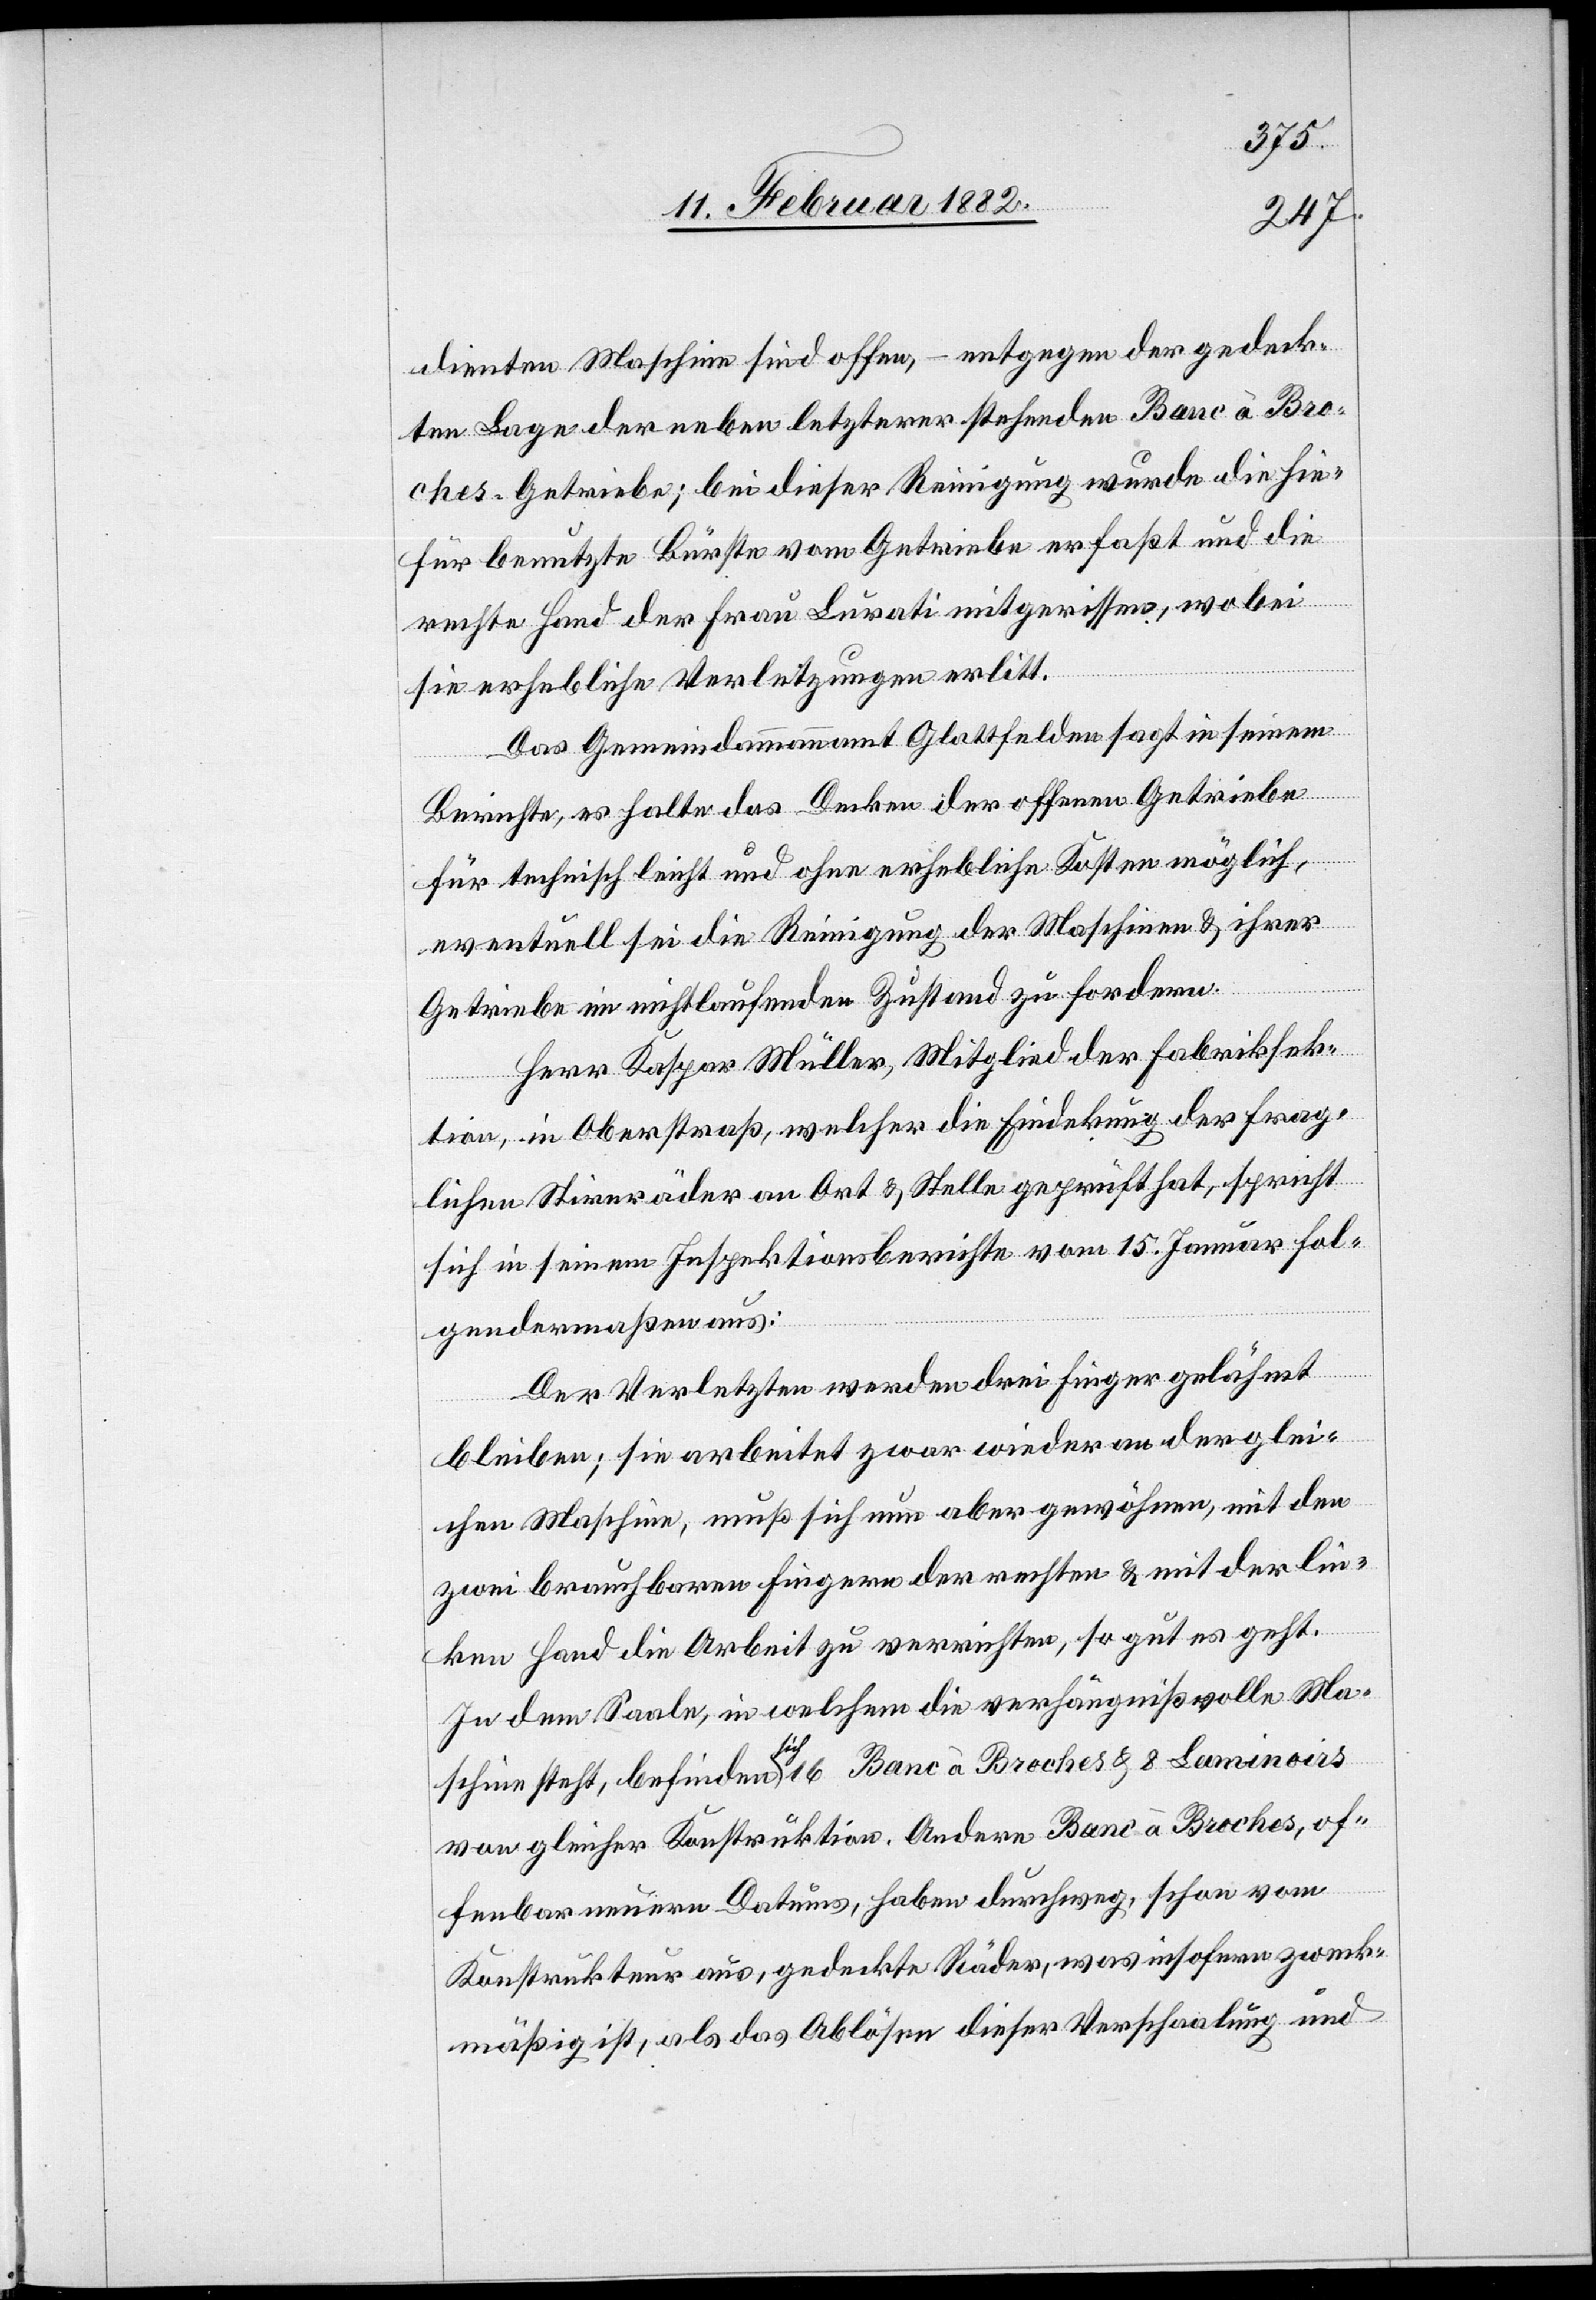
dienten Maschine sind offen, – entgegen der gedeck¬
ten Lage der neben letzterer stehenden Banc à Bro¬
ches-Getriebe; bei dieser Reinigung wurde die hie¬
für benutze Bürste vom Getriebe erfaßt und die
rechte Hand der Frau Lurati mitgerissen, wobei
sie erhebliche Verletzungen erlitt.
Das Gemeindammannamt Glattfelden sagt in seinem
Berichte, es halte das Decken der offenen Getriebe
für technisch leicht und ohne erhebliche Kosten möglich,
eventuell sei die Reinigung der Maschinen & ihrer
Getriebe im nichtlaufenden Zustand zu fordern.
Herr Kaspar Müller, Mitglied der Fabriksek¬
tion, in Oberstraß, welcher die Eindeckung der frag¬
lichen Stirnräder an Ort & Stelle geprüft hat, spricht
sich in seinem Inspektionsberichte vom 15. Januar fol¬
gendermaßen aus:
Der Verletzten werden drei Finge gelähmt
bleiben; sie arbeitet zwar wieder an der glei¬
chen Maschine, muß sich nun aber gewöhnen, mit den
zwei brauchbaren Fingern der rechten & mit der lin¬
ken Hand die Arbeit zu verrichten, so gut es geht.
In dem Saale, in welchem die verhängnißvolle Ma¬
schine steht, befinden sich 16 Banc à Broches & 8 Laminoirs
von gleicher Konstruktion. Andere Banc à Broches, of¬
fenbar neuerem Datums, haben durchweg, schon vom
Konstrukteur aus, gedeckte Räder, was insofern zweck¬
mäßig ist, als das Ablösen dieser Verschaalung und